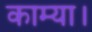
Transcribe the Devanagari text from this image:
काम्या।